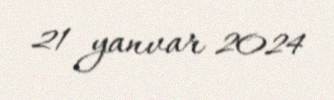
21 yanvar 2024